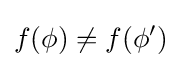
f(\phi )\neq f(\phi ')